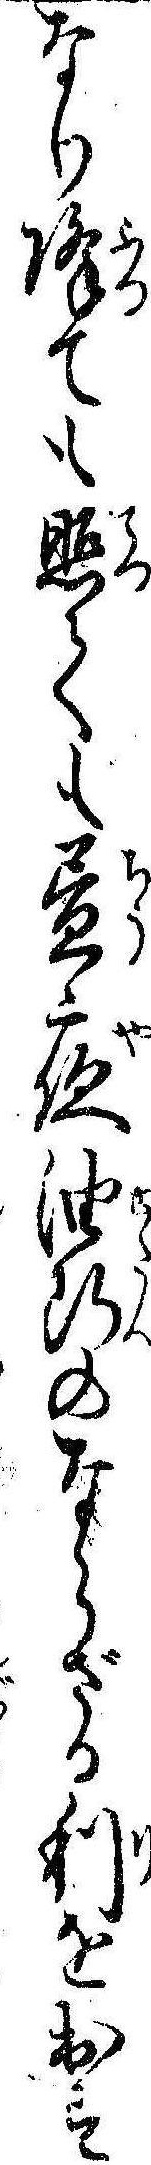
なり降ても照ても昼夜油断のならざる利を出す